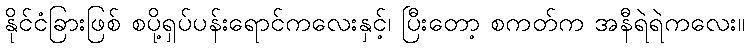
နိုင်ငံခြားဖြစ် စပို့ရှပ်ပန်းရောင်ကလေးနှင့်၊ ပြီးတော့ စကတ်က အနီရဲရဲကလေး။